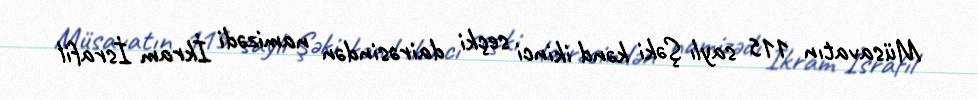
Müsavatın 115 saylı Şəki kənd ikinci seçki dairəsindən namizədi İkram İsrafil